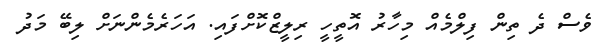
ވެސް ދެ ތިން ފިލްމެއް މިހާރު އޮތީހީ ރިލީޒްކޮށްފައި. އަހަރެމެންނަށް ލިބޭ މަދު